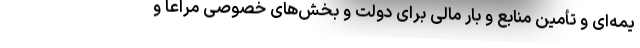
یمه‌ای و تأمین منابع و بار مالی برای دولت و بخش‌های خصوصی مُراعا و